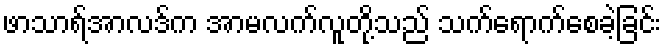
ဖာသာရ်အာလဒ်က အာမလက်လူတို့သည် သက်ရောက်စေခဲ့ခြင်း